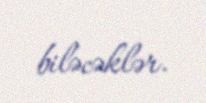
biləcəklər.